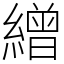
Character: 繒